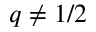
q \neq 1 / 2